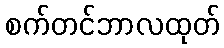
စက်တင်ဘာလထုတ်